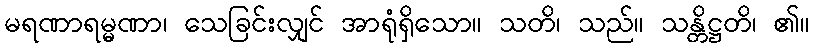
မရဏာရမ္မဏာ၊ သေခြင်းလျှင် အာရုံရှိသော။ သတိ၊ သည်။ သန္တိဋ္ဌတိ၊ ၏။